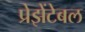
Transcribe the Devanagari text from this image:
प्रेझेंटेबल